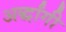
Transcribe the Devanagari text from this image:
अर्द्धांगी